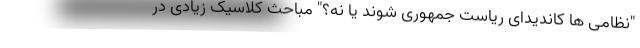
"نظامی ها کاندیدای ریاست جمهوری شوند یا نه؟" مباحث کلاسیک زیادی در